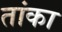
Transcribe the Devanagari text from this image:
तांका